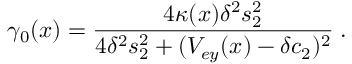
\gamma _ { 0 } ( x ) = \frac { 4 \kappa ( x ) \delta ^ { 2 } s _ { 2 } ^ { 2 } } { 4 \delta ^ { 2 } s _ { 2 } ^ { 2 } + ( V _ { e y } ( x ) - \delta c _ { 2 } ) ^ { 2 } } \; .